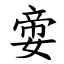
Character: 㛳